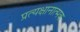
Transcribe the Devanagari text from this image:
प्रत्यक्षानात्मक